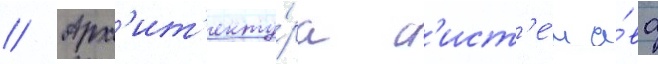
// Арх'ит'екту́ра с'ист'е́м а́ва